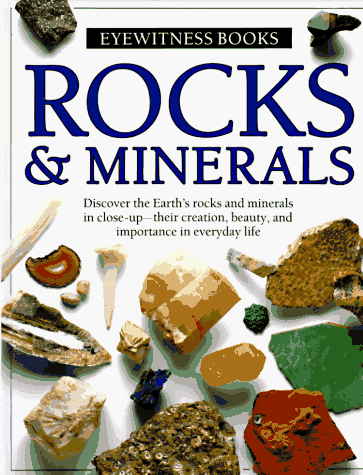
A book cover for Rocks & Minerals (Eyewitness Books); Dorling Kindersley Ltd; Science & Math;